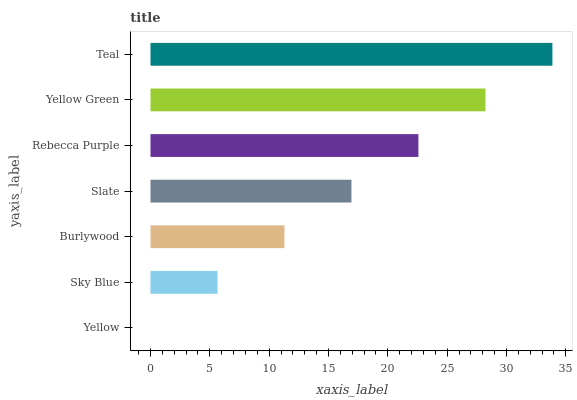
| yaxis_label | bars |
 | --- | --- |
 | Yellow | 0 |
 | Sky Blue | 5.64 |
 | Burlywood | 11.3 |
 | Slate | 16.9 |
 | Rebecca Purple | 22.6 |
 | Yellow Green | 28.2 |
 | Teal | 33.9 |